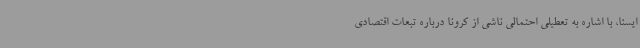
ایسنا، با اشاره به تعطیلی احتمالی ناشی از کرونا درباره تبعات اقتصادی